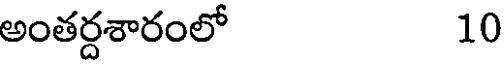
అంతర్దశారంలో 10